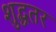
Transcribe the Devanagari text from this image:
शुद्धतर